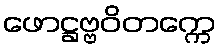
ဖောဋ္ဌဗ္ဗဝိတက္ကေ